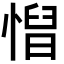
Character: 𢞦